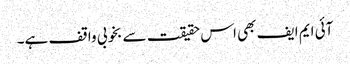
آئی ایم ایف بھی اس حقیقت سے بخوبی واقف ہے۔